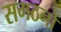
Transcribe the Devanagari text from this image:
सगठनों